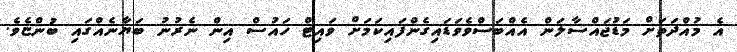
އެ މުއްދަތަށް މަޑުޖައްސާލަން އެއްބަސްވެވަޑައިގެންފައިކަމަށް ވައިޓް ހައުސް އިން ނެރުނު ބަޔާނެއްގައި ބުންޏެވެ.